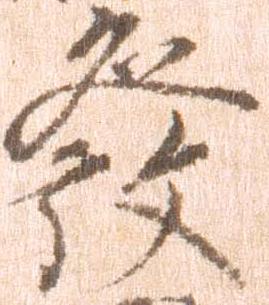
発